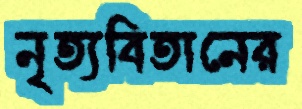
নৃত্যবিতানের